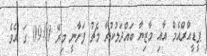
ޕީޑީއާރްއެމް އާއި މާޒިޔާ ބައްދަލުކުރާ މެޗު ފަށާނީ މިރޭ 09:00 ގަ އެވެ.